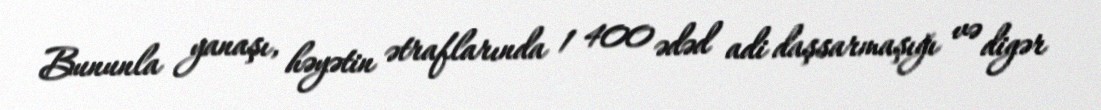
Bununla yanaşı, həyətin ətraflarında 1 400 ədəd adi daşsarmaşığı və digər